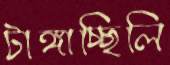
টাঙ্গাচ্ছিলি